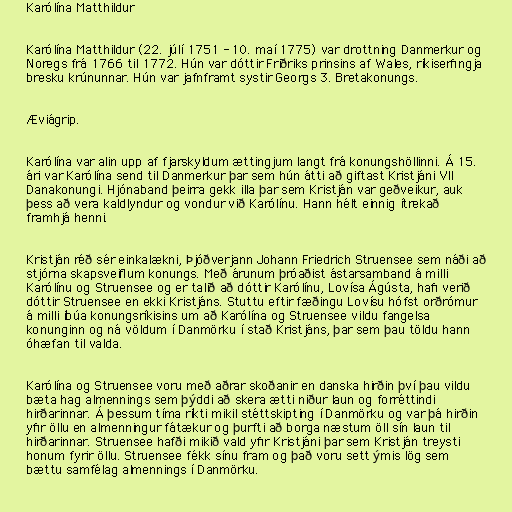
Karólína Matthildur

Karólína Matthildur (22. júlí 1751 - 10. maí 1775) var drottning Danmerkur og
Noregs frá 1766 til 1772. Hún var dóttir Friðriks prinsins af Wales, ríkiserfingja
bresku krúnunnar. Hún var jafnframt systir Georgs 3. Bretakonungs.

Æviágrip.

Karólína var alin upp af fjarskyldum ættingjum langt frá konungshöllinni. Á 15.
ári var Karólína send til Danmerkur þar sem hún átti að giftast Kristjáni VII
Danakonungi. Hjónaband þeirra gekk illa þar sem Kristján var geðveikur, auk
þess að vera kaldlyndur og vondur við Karólínu. Hann hélt einnig ítrekað
framhjá henni.

Kristján réð sér einkalækni, Þjóðverjann Johann Friedrich Struensee sem náði að
stjórna skapsveiflum konungs. Með árunum þróaðist ástarsamband á milli
Karólínu og Struensee og er talið að dóttir Karólínu, Lovísa Ágústa, hafi verið
dóttir Struensee en ekki Kristjáns. Stuttu eftir fæðingu Lovísu hófst orðrómur
á milli íbúa konungsríkisins um að Karólína og Struensee vildu fangelsa
konunginn og ná völdum í Danmörku í stað Kristjáns, þar sem þau töldu hann
óhæfan til valda.

Karólína og Struensee voru með aðrar skoðanir en danska hirðin því þau vildu
bæta hag almennings sem þýddi að skera ætti niður laun og forréttindi
hirðarinnar. Á þessum tíma ríkti mikil stéttskipting í Danmörku og var þá hirðin
yfir öllu en almenningur fátækur og þurfti að borga næstum öll sín laun til
hirðarinnar. Struensee hafði mikið vald yfir Kristjáni þar sem Kristján treysti
honum fyrir öllu. Struensee fékk sínu fram og það voru sett ýmis lög sem
bættu samfélag almennings í Danmörku.